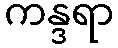
ကန္ဒရာ